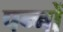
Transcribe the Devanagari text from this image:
पन्‍नों